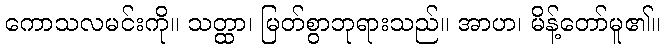
ကောသလမင်းကို။ သတ္ထာ၊ မြတ်စွာဘုရားသည်။ အာဟ၊ မိန့်တော်မူ၏။